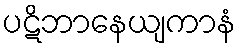
ပဋိဘာနေယျကာနံ